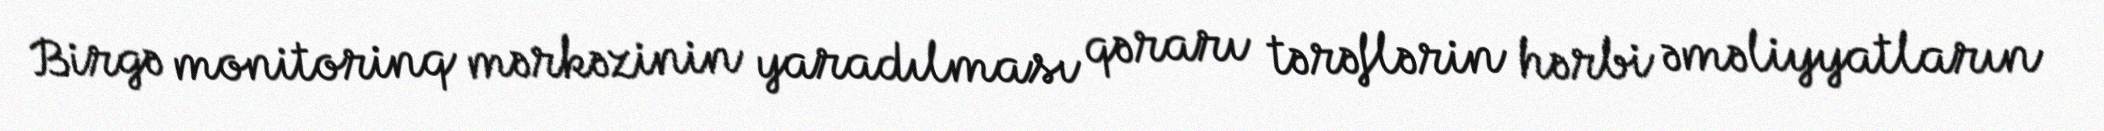
Birgə monitorinq mərkəzinin yaradılması qərarı tərəflərin hərbi əməliyyatların